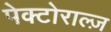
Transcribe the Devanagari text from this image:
पेक्टोराल्ज़